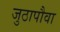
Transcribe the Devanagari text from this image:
जुठापौवा